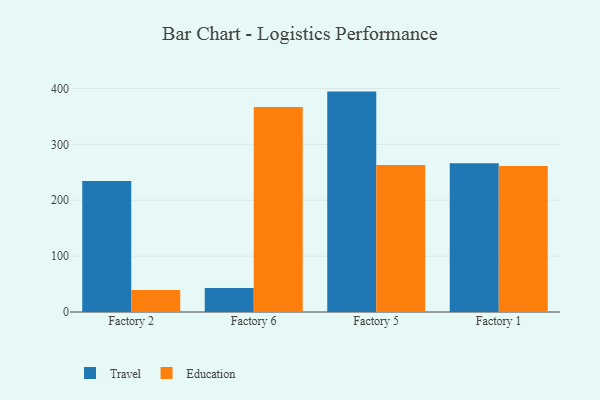
{"axis": {"x": "Factory", "y": "Headcount"}, "legend": ["Education", "Travel"], "data": [{"x": "Factory 2", "y": 234.5, "type": "Travel"}, {"x": "Factory 2", "y": 39.2, "type": "Education"}, {"x": "Factory 6", "y": 43.1, "type": "Travel"}, {"x": "Factory 6", "y": 366.7, "type": "Education"}, {"x": "Factory 5", "y": 394.4, "type": "Travel"}, {"x": "Factory 5", "y": 263.2, "type": "Education"}, {"x": "Factory 1", "y": 266.2, "type": "Travel"}, {"x": "Factory 1", "y": 261.2, "type": "Education"}]}